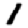
Digit: 1